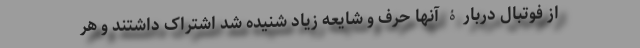
از فوتبال دربارۀ آنها حرف و شایعه زیاد شنیده شد اشتراک داشتند و هر